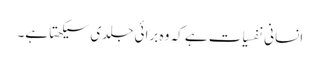
انسانی نفسیات ہے کہ وہ برائی جلدی سیکھتا ہے۔